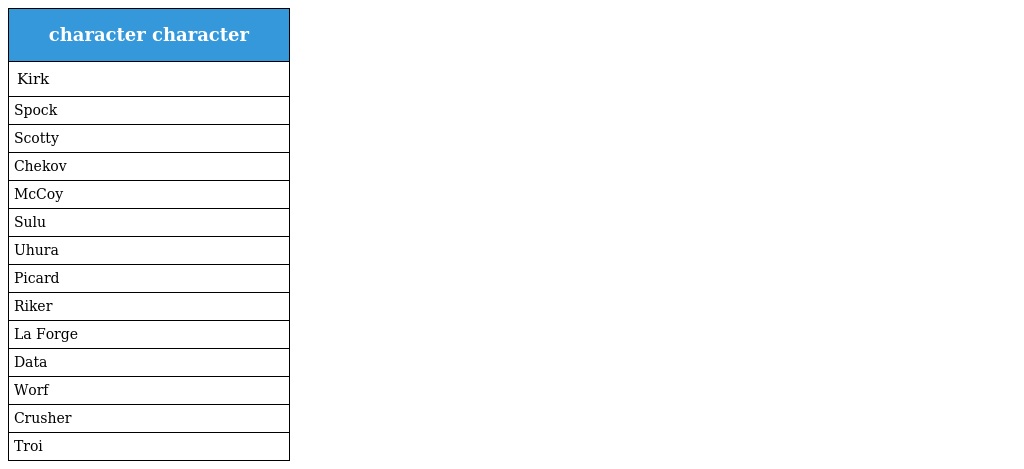
| character character |
 | --- |
 | Kirk |
 | Spock |
 | Scotty |
 | Chekov |
 | McCoy |
 | Sulu |
 | Uhura |
 | Picard |
 | Riker |
 | La Forge |
 | Data |
 | Worf |
 | Crusher |
 | Troi |